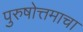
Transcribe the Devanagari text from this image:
पुरुषोत्तमाचा